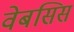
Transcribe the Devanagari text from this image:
वेबसिस